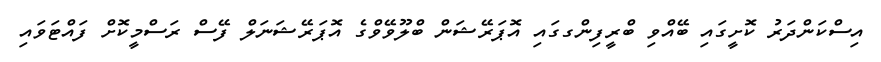
އިސްކަންދަރު ކޮށީގައި ބޭއްވި ބްރީފިންގގައި އޮޕަރޭޝަން ބްލޫވޭވްގެ އޮޕަރޭޝަނަލް ފޭސް ރަސްމީކޮށް ފައްޓަވައި